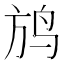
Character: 𲍮